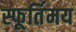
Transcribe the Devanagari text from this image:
स्फूर्तिमय